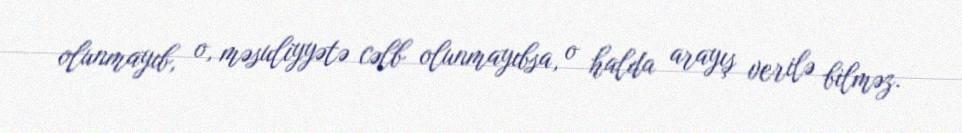
olunmayıb, o, məsuliyyətə cəlb olunmayıbsa, o halda arayış verilə bilməz.